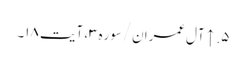
۵. ↑ آل‌عمران/سوره۳، آیت ۱۸۔